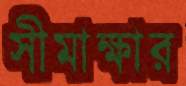
সীমাক্ষার